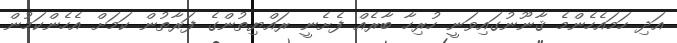
އަދި ހަމައެހެންމެ ޤާނޫނުގައިވަނީ ހުރިހާ ބާރެއް ފެށެނީ ރައްޔިތުންގެ ފަރާތުން ކަމަށް އެހެންކަމުން